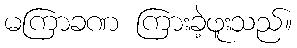
မကြာခဏ ကြားခဲ့ဖူးသည်။